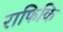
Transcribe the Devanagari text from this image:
राफिकि